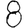
Digit: 8